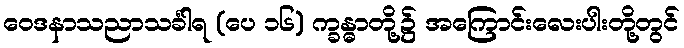
ဝေဒနာသညာသင်္ခါရ (ပေ ၁၆) က္ခန္ဓာတို့၌ အကြောင်းလေးပါးတို့တွင်